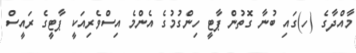
މާއްދާގެ (ހ)ގައި ބުނާ ގޮތުން ޕާޓީ ހިންގުމުގެ އެންމެ އިސްވެރިއަކީ ޕާޓީގެ ރައީސް